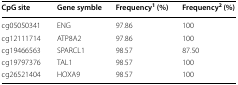
<table><thead><tr><td><b>CpG site</b></td><td><b>Gene symble</b></td><td><b>Frequency<sup>1</sup> (%)</b></td><td><b>Frequency<sup>2</sup> (%)</b></td></tr></thead><tbody><tr><td>cg05050341</td><td>ENG</td><td>97.86</td><td>100</td></tr><tr><td>cg12111714</td><td>ATP8A2</td><td>97.86</td><td>100</td></tr><tr><td>cg19466563</td><td>SPARCL1</td><td>98.57</td><td>87.50</td></tr><tr><td>cg19797376</td><td>TAL1</td><td>98.57</td><td>100</td></tr><tr><td>cg26521404</td><td>HOXA9</td><td>98.57</td><td>100</td></tr></tbody></table>